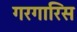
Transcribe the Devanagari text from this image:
गरगारिस